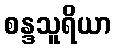
စန္ဒသူရိယာ